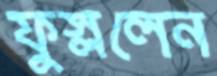
ফুস্‌ললেন